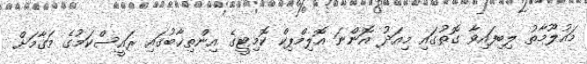
މައުލޫމާތު ލިބިފައިވާ ގޮތުގައި މިއަދު އޮންނަ އޮލިމްޕިކް ކޮމިޓީގެ އިންތިޚާބުގައި ރައީސްކަމުގެ މަގާމަށް